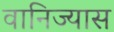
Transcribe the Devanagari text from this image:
वानिज्यास